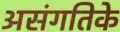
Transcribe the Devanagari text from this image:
असंगतिके